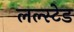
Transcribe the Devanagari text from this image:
लल्स्टेड